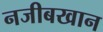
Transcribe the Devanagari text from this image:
नजीबखान